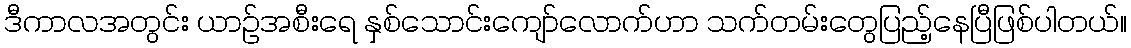
ဒီကာလအတွင်း ယာဉ်အစီးရေ နှစ်သောင်းကျော်လောက်ဟာ သက်တမ်းတွေပြည့်နေပြီဖြစ်ပါတယ်။